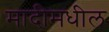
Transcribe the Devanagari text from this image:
मादीमधील